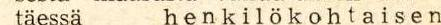
täessä h e n k i l ö k o h t a i s e n